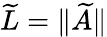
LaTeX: \widetilde{L}=\| \widetilde{A}\|